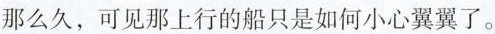
那么久，可见那上行的船只是如何小心翼翼了。